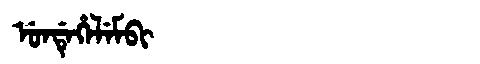
Manchu: ᡠᠨᡩᡝᡥᡝᠯᡝᠮᠪᡳ
Romanization: UNDEHELEMBI